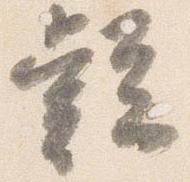
疑